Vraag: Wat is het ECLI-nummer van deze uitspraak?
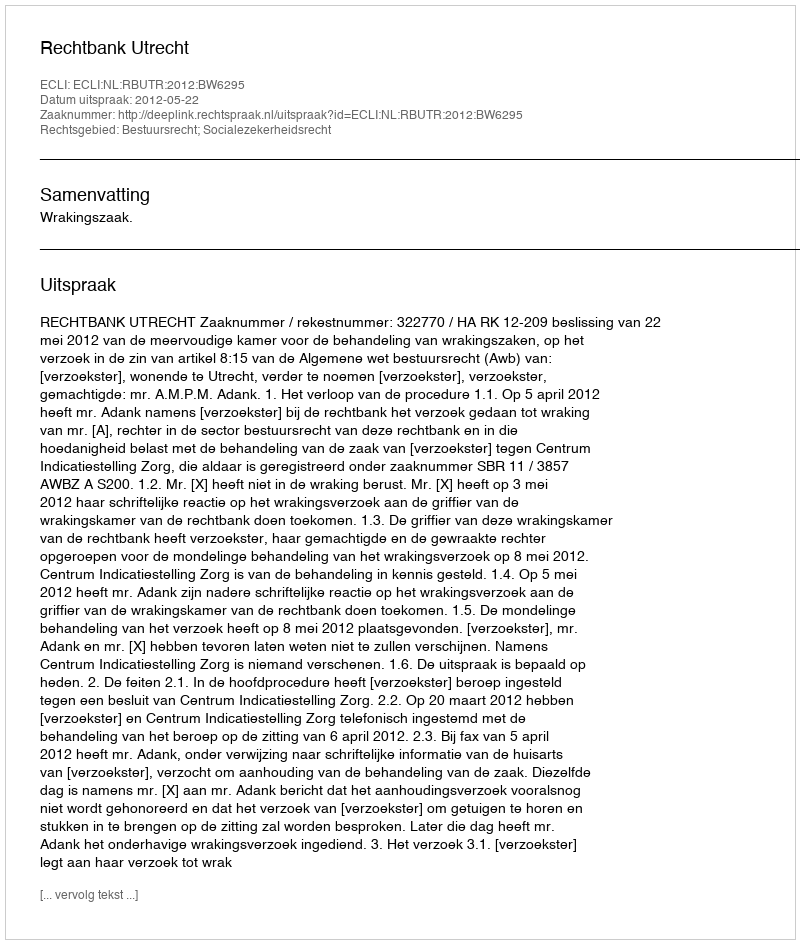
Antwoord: ECLI:NL:RBUTR:2012:BW6295